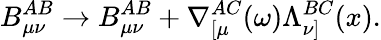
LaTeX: B_{\mu\nu}^{AB}\rightarrow B_{\mu\nu}^{AB}+\nabla_{[\mu}^{AC}(\omega)\Lambda_{\nu]}^{BC}(x).